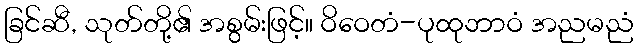
ခြင်ဆီ, သုတ်တို့၏ အစွမ်းဖြင့်။ ဝိဝေတံ-ပုထုဘာဝံ အညမညံ